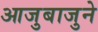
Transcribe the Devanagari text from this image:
आजुबाजुने